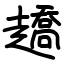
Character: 趫